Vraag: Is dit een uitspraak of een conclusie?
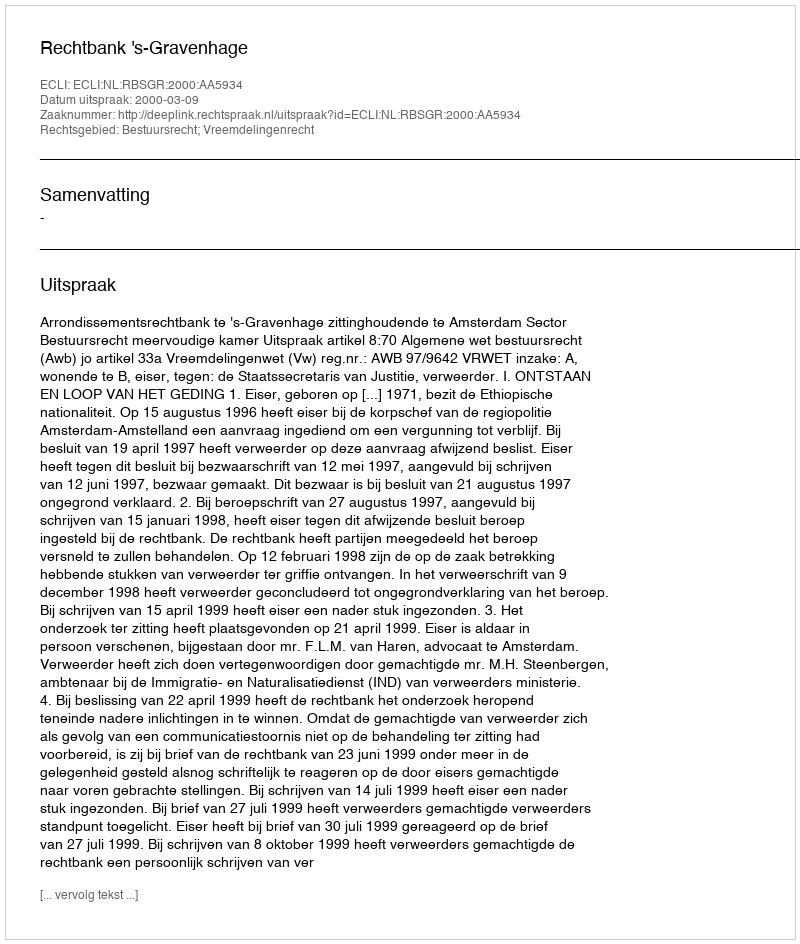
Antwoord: Uitspraak